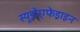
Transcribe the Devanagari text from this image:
स्यूडोएफेड्राइन